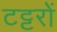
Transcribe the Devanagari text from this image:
टट्टरों